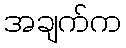
အချက်က